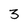
Character: 3